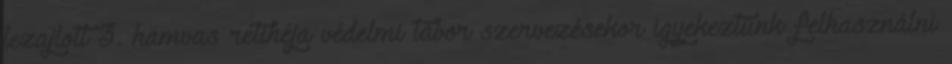
lezajlott 3. hamvas rétihéja védelmi tábor szervezésekor igyekeztünk felhasználni